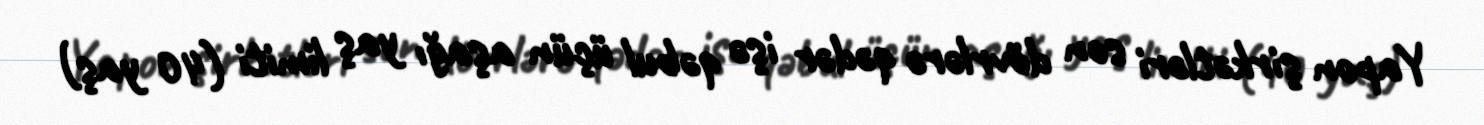
Yapon şirkətləri son dövrlərə qədər işə qəbul üçün aşağı yaş limiti (40 yaş)